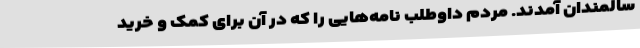
سالمندان آمدند. مردم داوطلب نامه‌هایی را که در آن برای کمک و خرید